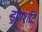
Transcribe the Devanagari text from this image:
ड्रॉपशॉट